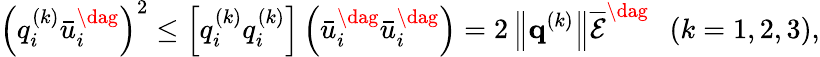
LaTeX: {\left({q_{i}^{\left(k\right)}\bar{u}_{i}^{\dag}}\right)^{2}}\le\left[{q_{i}^{\left(k\right)}q_{i}^{\left(k\right)}}\right]\left({\bar{u}_{i}^{\dag}\bar{u}_{i}^{\dag}}\right)=2\left\| {{{\mathbf{q}}^{\left(k\right)}}}\right\| \overline{{\mathcal E}}^{\dag}\; \; \left({k=1,2,3}\right),